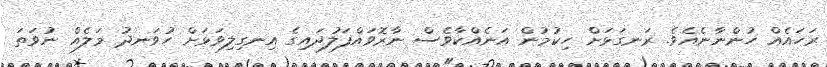
ރަހައެއް ހުންނާނެއެވެ. ރަނގަޅަށް ހިކުމުން އަނެއްކާވެސް ނާރޮވައްފަލުދައިގެ އިނގިލިވަޅަށް ހުވަނދު މަލެއް ނުވަތަ